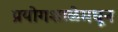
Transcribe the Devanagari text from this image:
प्रयोगशाळेमधून